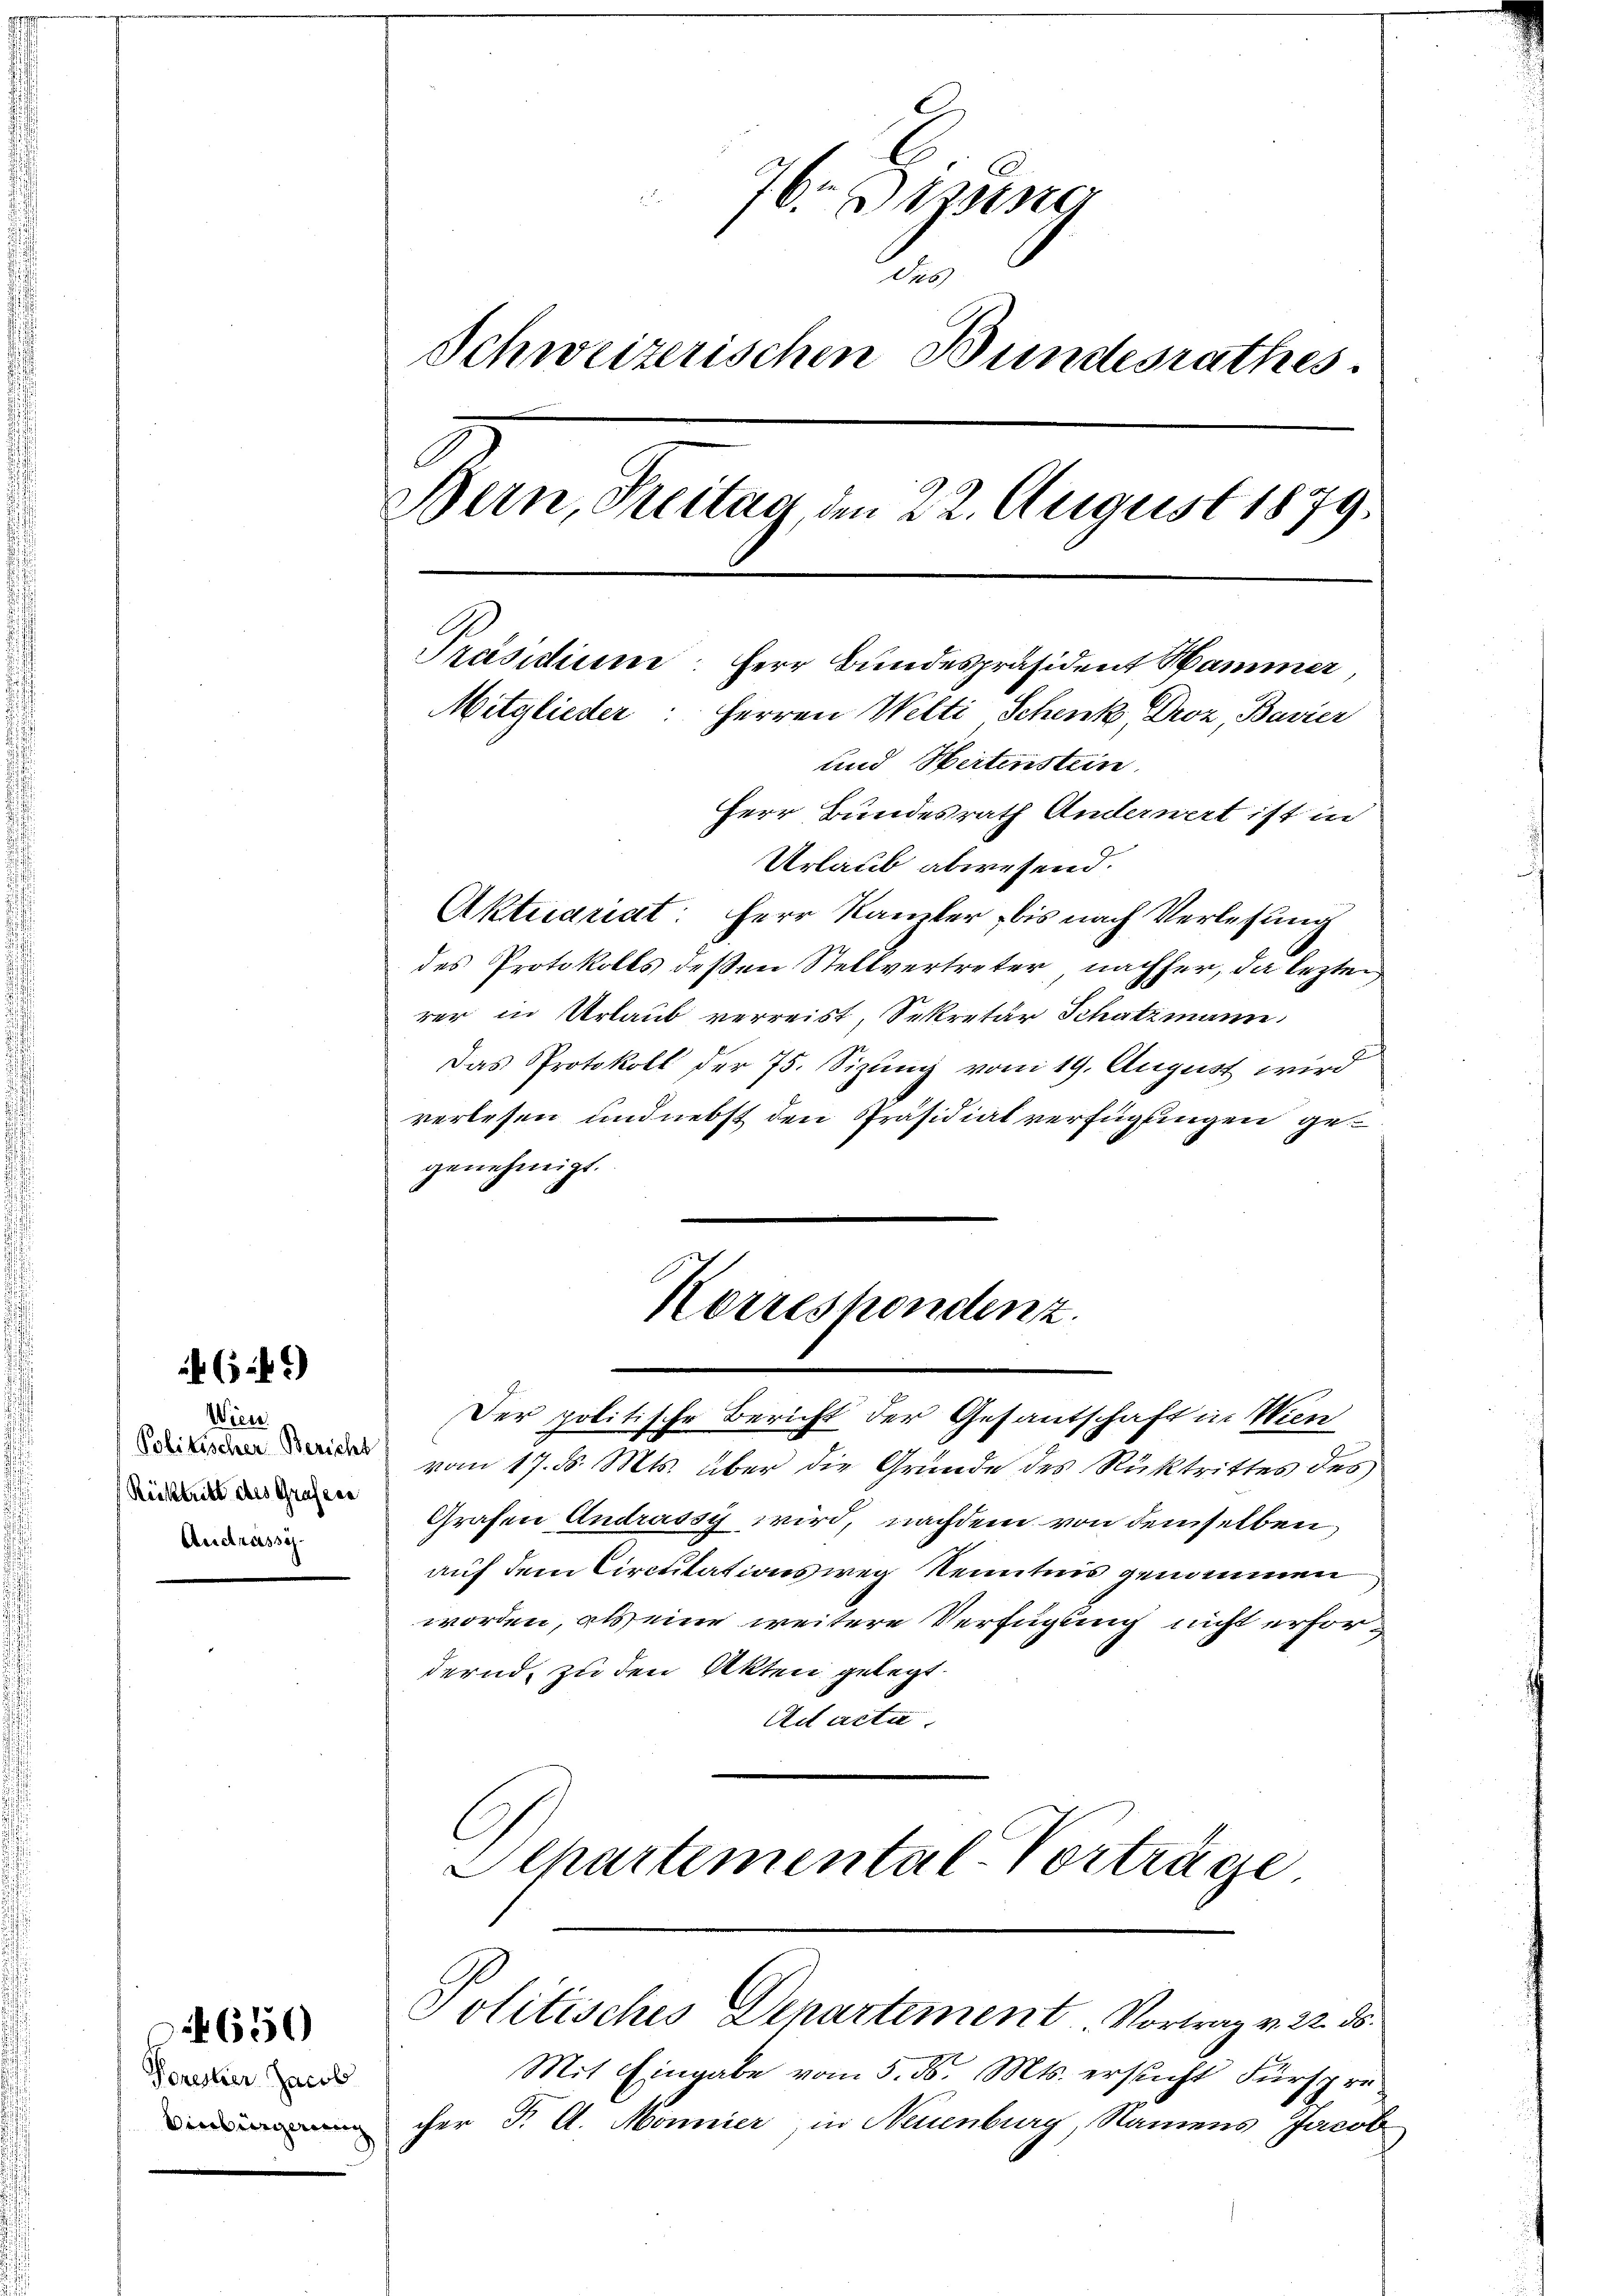
64)

Wien.
Rücktritt des Grafene
Audrassi¬

Porestier Jacob
Vinbergerung |

4650

76. Deiner
ehe
Schweizerischen Bundesrathes
Bern, Freitag, den 22. August 1879.
Präsidium: Herr Bundespräsident Hammer
Mitglieder: Herren Welti Schenk, Droz, Bavier
und Hertenstein
Herr Bundesrath Anderwert ist in

Urlaub abwesend.
Aktuariat: Herr Kanzler, bis nach Verlesung
des Protokolls deßen Stellvertreter nachher, da lezten
rer in Urlaub verreist, Sekretär Schatzmann
Das Protokoll der 75. Sizung vom 19. August wird
verlesen und nebst den Präsidialverfüglingen gegenehmigt.

Der politische Bericht der Gesantschaft in Wien
 vom 17. d. Mts. über die Grunde des Rücktrittes des
Grafen Andrassy wird, nachdem von demselben
auf dem Circulationsweg Kenntnis genommen
worden, als eine weitere Verfügung nicht erfordernd, zu den Akten gelegt.
Ad acta.
Separtemental-Vorträge

Mit Eingabe vom 5. ds. Mts. ersucht Fürspre
cher F. A. Mönnier, in Neuenburg, Namens Jacob

Korrespondenz.

Politisches Departement Vortrag v. 22. ds.